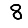
Digit: 8